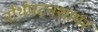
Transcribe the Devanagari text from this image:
नौर्थंपटनशायर